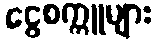
ငွေစက္ကူများ